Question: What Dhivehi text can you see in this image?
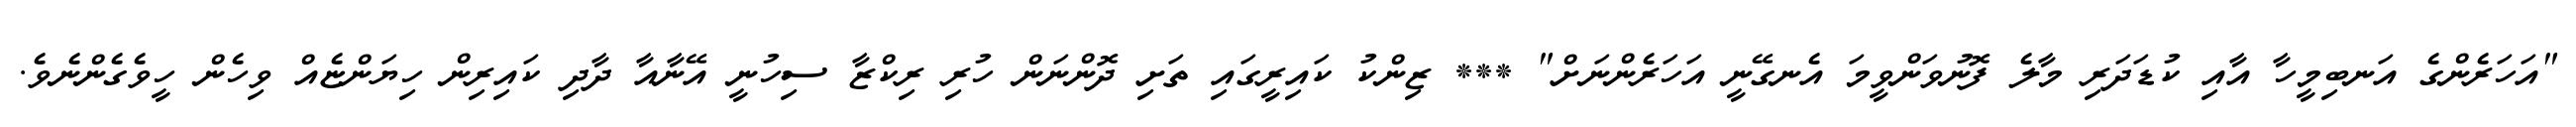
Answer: "އަހަރެންގެ އަނބިމީހާ އާއި ކުޑަދަރި މާލެ ފޮނުވަންވީމަ އެނގޭނީ އަހަރެންނަށް" *** ޒިންކު ކައިރީގައި ތަށި ދޮންނަން ހުރި ރިކްޒާ ސިހުނީ އޭނާއާ ދާދި ކައިރިން ހިޔަންޏެއް ވިހެން ހީވެގެންނެވެ.